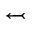
\leftarrowtail